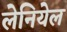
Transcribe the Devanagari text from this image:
लेनियेल